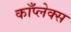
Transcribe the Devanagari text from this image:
काँप्लेक्स